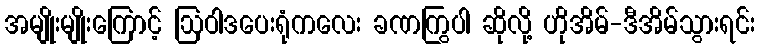
အမျိုးမျိုးကြောင့် ဩဝါဒပေးရုံကလေး ခဏကြွပါ ဆိုလို့ ဟိုအိမ်-ဒီအိမ်သွားရင်း